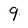
Character: 9